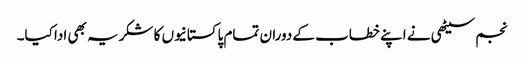
نجم سیٹھی نے اپنے خطاب کے دوران تمام پاکستانیوں کا شکریہ بھی ادا کیا۔